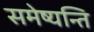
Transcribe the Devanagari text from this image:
समेष्यन्ति